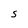
Character: S